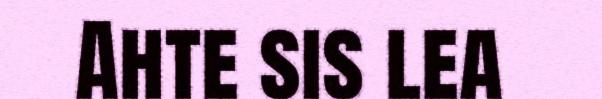
Ahte sis lea